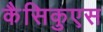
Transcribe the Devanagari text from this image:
कैसिकुएस